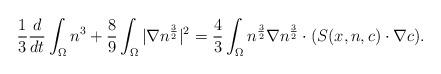
LaTeX: \begin{align*}\frac{1}{3}\frac{d}{dt}\int_{\Omega}n^{3}+\frac{8}{9}\int_{\Omega} |\nabla n^{\frac{3}{2}} |^{2}=\frac{4}{3}\int_{\Omega}n^{\frac{3}{2}}\nabla n^{\frac{3}{2}} \cdot( S(x,n,c) \cdot \nabla c ).\end{align*}